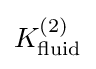
K_{\mathrm {fluid} }^{(2)}